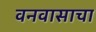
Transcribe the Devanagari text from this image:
वनवासाचा